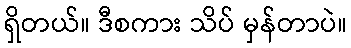
ရှိတယ်။ ဒီစကား သိပ် မှန်တာပဲ။